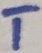
Text: T